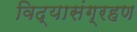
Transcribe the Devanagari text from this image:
विद्यासंग्रहण